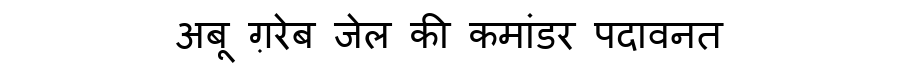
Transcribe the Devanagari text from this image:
अबू ग़रेब जेल की कमांडर पदावनत